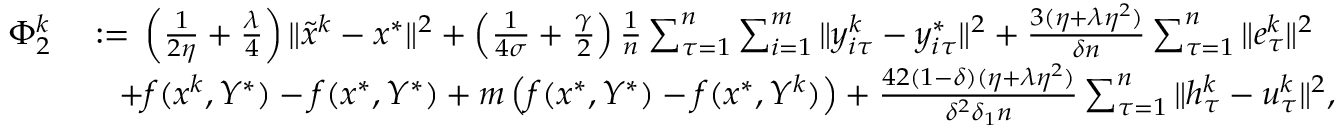
\begin{array} { r l } { \Phi _ { 2 } ^ { k } } & { \; { : = } \; \left( \frac { 1 } { 2 \eta } + \frac { \lambda } { 4 } \right) \| { \tilde { x } } ^ { k } - x ^ { * } \| ^ { 2 } + \left( \frac { 1 } { 4 \sigma } + \frac { \gamma } { 2 } \right) \frac { 1 } { n } \sum _ { \tau = 1 } ^ { n } \sum _ { i = 1 } ^ { m } \| y _ { i \tau } ^ { k } - y _ { i \tau } ^ { * } \| ^ { 2 } + \frac { 3 ( \eta + \lambda \eta ^ { 2 } ) } { \delta n } \sum _ { \tau = 1 } ^ { n } \| e _ { \tau } ^ { k } \| ^ { 2 } } \\ & { \quad + f ( x ^ { k } , Y ^ { * } ) - f ( x ^ { * } , Y ^ { * } ) + m \left( f ( x ^ { * } , Y ^ { * } ) - f ( x ^ { * } , Y ^ { k } ) \right) + \frac { 4 2 ( 1 - \delta ) ( \eta + \lambda \eta ^ { 2 } ) } { \delta ^ { 2 } \delta _ { 1 } n } \sum _ { \tau = 1 } ^ { n } \| h _ { \tau } ^ { k } - u _ { \tau } ^ { k } \| ^ { 2 } , } \end{array}